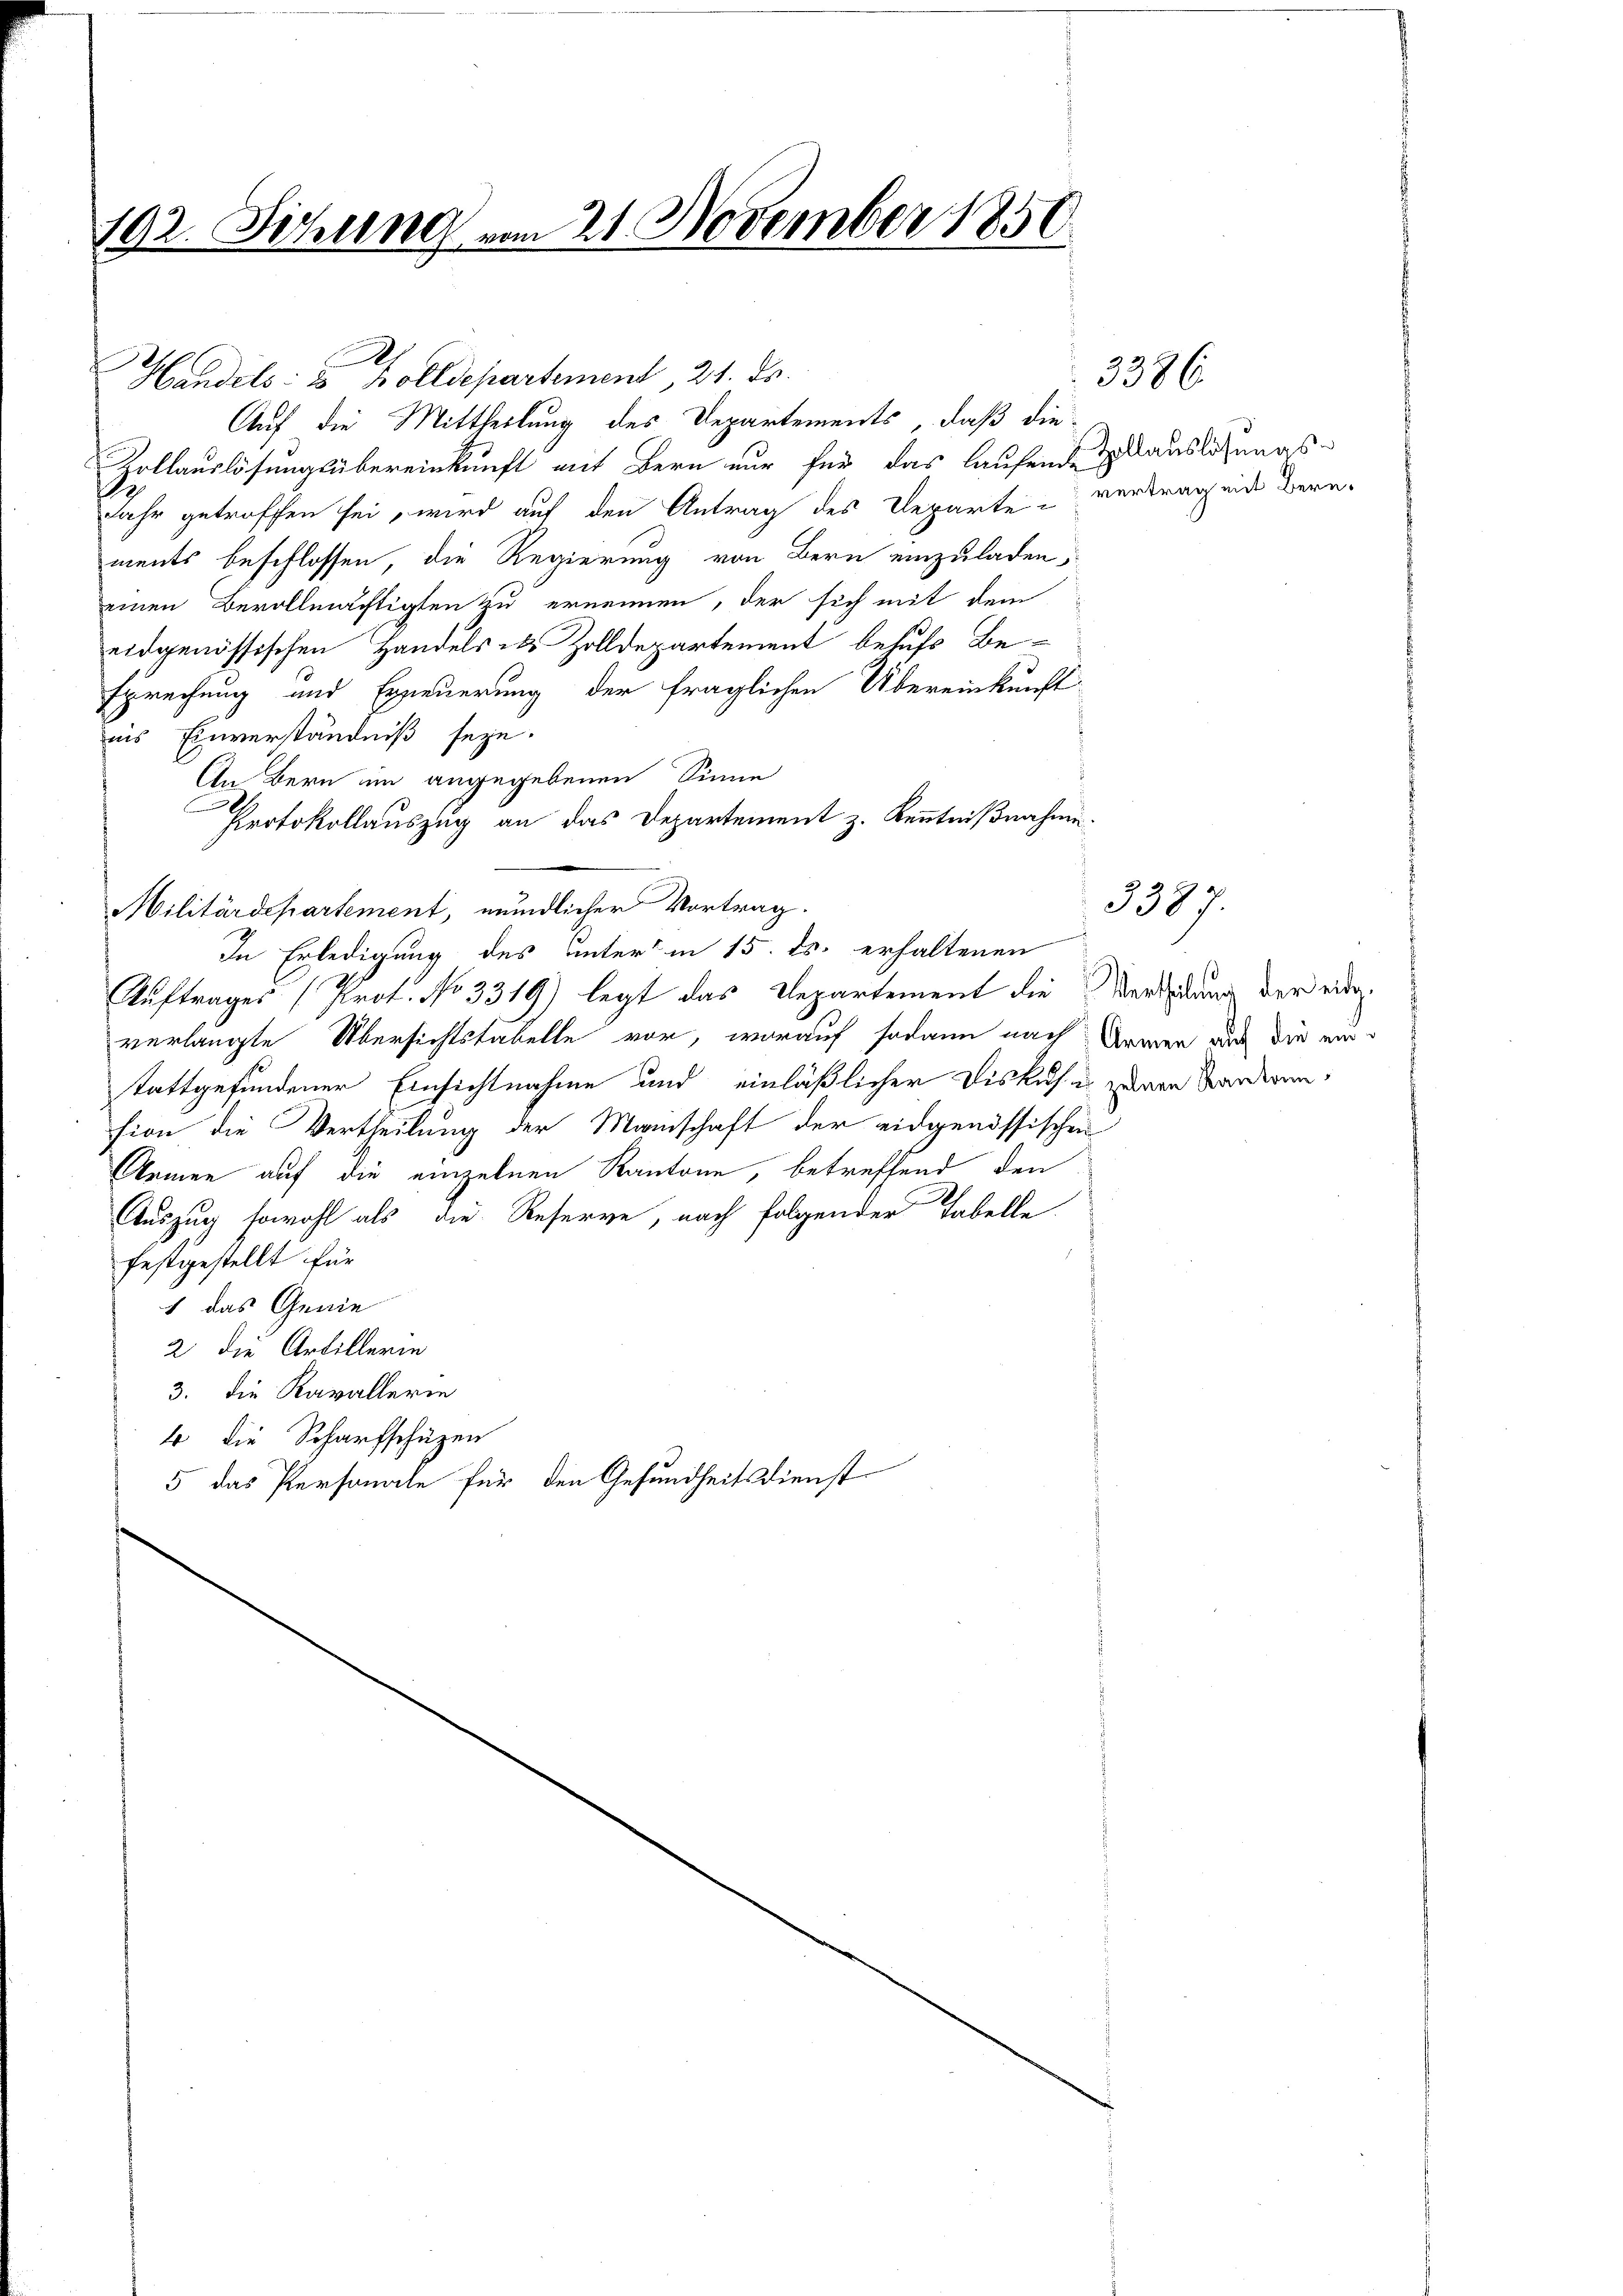
192. Sitzung vom 21. November 1851
.

Handels- u Bolldepartement, 21. ds.
Auf die Mittheilung des Departements, daß die
Zollauslösungsübereinkunft mit Bern nur für das laufende Zulauslösungs¬
Jahr getroffen sei, wird auf den Antrag des Departe vertragend Bern-
ments beschlossen, die Regierung von Bern einzuladen
einen Bevollmächtigten zu ernennen, der sich mit dem
eidgenössischen Handels als Zolldepartement behufs Besprechung und Erneuerung der fraglichen Übereinkunft
iis Einverständniß seye.
An Bern im angegebenen Sinne
Protokollauszug an das Departement z. Kenntnißnahme.
Militärdepartement, mündlicher Vortrag.
Auftrages (Prot. No 3319) legt das Departement die Verleidung der wurverlangte Übersichtstabelle vor, worauf sodann nach Namen aus die einstattgefundener Einsichtnahme und einläßlicher Diskus
sion die Vertheilung der Mannschaft der eidgenössischen
Armen auf die einzelnen Kantone, betreffend den
Auszug sowohl als die Reserve, nach folgender Tabelle
festgestellt für
1 das Genie
2. die Artillerin
3. die Kavallerin
4 die Scharfschützen
5 das Personale für den Gesundheitsdienst

f

In Erledigung des unters in 15. ds. erhaltenen

3386

3387.

zelnen Kantonn